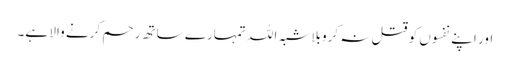
اور اپنے نفسوں کو قتل نہ کروبلا شبہ اللہ تمہارے ساتھ رحم کرنے والا ہے۔